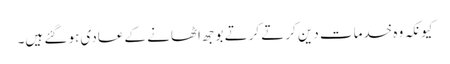
کیونکہ وہ خدمات دین کرتے کرتے بوجھ اٹھانے کے عادی ہو گئے ہیں۔